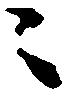
々